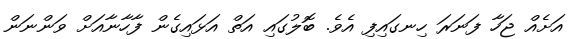
އަށެއް ޖަހާ ފަނަރަ ހިނގައިފި އެވެ. ބޮލުގައި އަތް އަޅައިގެން ފާހާނާއަށް ވަންނަން